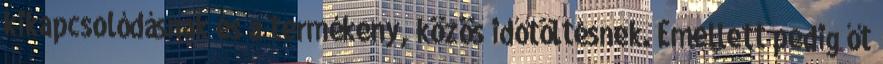
kikapcsolódásnak és a termékeny, közös időtöltésnek. Emellett pedig őt